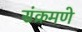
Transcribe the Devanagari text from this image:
संक्रमणे